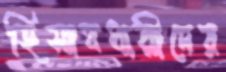
হিসাবধারীদের